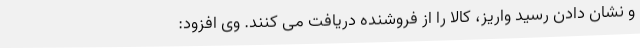
و نشان دادن رسید واریز، کالا را از فروشنده دریافت می کنند. وی افزود: